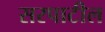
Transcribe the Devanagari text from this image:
सरपाटील